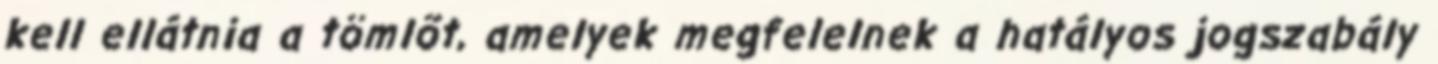
kell ellátnia a tömlõt, amelyek megfelelnek a hatályos jogszabály